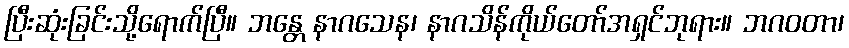
ပြီးဆုံးခြင်းသို့ရောက်ပြီ။ ဘန္တေ နာဂသေန၊ နာဂသိန်ကိုယ်တော်အရှင်ဘုရား။ ဘဂဝတာ၊